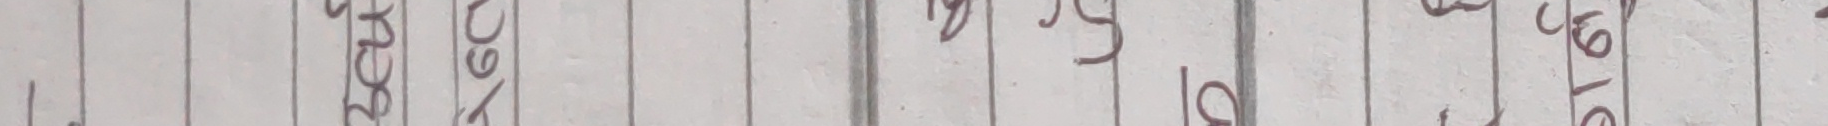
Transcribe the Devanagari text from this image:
१ २ ख त म द ४ ३ ५ २ ६ ७ ३ ७ ८ ९ १०